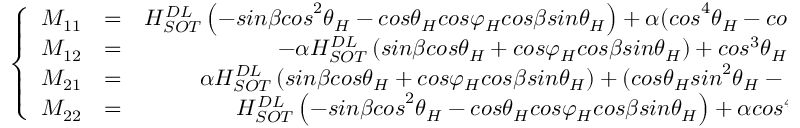
\left\{ \begin{array} { c c c } { M _ { { 1 1 } } } & { { = } } & { H _ { S O T } ^ { D L } \left( - { s i n \beta c o s } ^ { 2 } { \theta } _ { H } - c o s { \theta } _ { H } c o s { \varphi } _ { H } c o s \beta s i n { \theta } _ { H } \right) + { \alpha ( c o s } ^ { 4 } { \theta } _ { H } - { c o s } ^ { 2 } { \theta } _ { H } { s i n } ^ { 2 } { \theta } _ { H } ) H _ { K { \ } } } \\ { M _ { { 1 2 } } } & { { = } } & { - \alpha H _ { S O T } ^ { D L } \left( s i n \beta c o s { \theta } _ { H } + c o s { \varphi } _ { H } c o s \beta s i n { \theta } _ { H } \right) + { c o s } ^ { 3 } { \theta } _ { H } H _ { K } } \\ { M _ { { 2 1 } } } & { { = } } & { \alpha H _ { S O T } ^ { D L } \left( s i n \beta c o s { \theta } _ { H } + c o s { \varphi } _ { H } c o s \beta s i n { \theta } _ { H } \right) + ( c o s { \theta } _ { H } { s i n } ^ { 2 } { \theta } _ { H } - { c o s } ^ { 3 } { \theta } _ { H } ) H _ { K } } \\ { M _ { { 2 2 } } } & { { = } } & { H _ { S O T } ^ { D L } \left( - { s i n \beta c o s } ^ { 2 } { \theta } _ { H } - c o s { \theta } _ { H } c o s { \varphi } _ { H } c o s \beta s i n { \theta } _ { H } \right) + { \alpha c o s } ^ { 4 } { \theta } _ { H } H _ { K { \ } } } \end{array} \right.